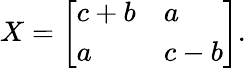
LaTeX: X={\left[\begin{array}{ll}{c+b}&{a}\\ {a}&{c-b}\end{array}\right]}.